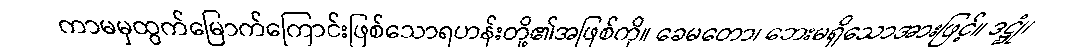
ကာမမှထွက်မြောက်ကြောင်းဖြစ်သောရဟန်းတို့၏အဖြစ်ကို။ ခေမတော၊ ဘေးမရှိသောအားဖြင့်။ ဒဋ္ဌုံ၊